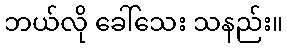
ဘယ်လို ခေါ်သေး သနည်း။